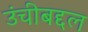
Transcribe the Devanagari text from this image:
उंचीबद्दल